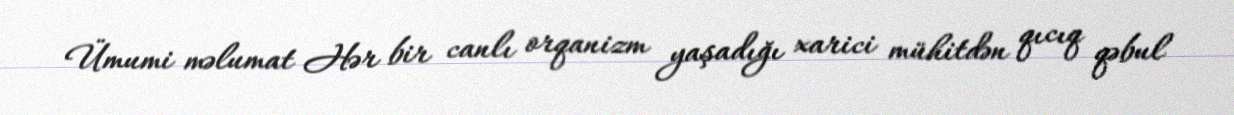
Ümumi məlumat Hər bir canlı orqanizm yaşadığı xarici mühitdən qıcıq qəbul